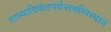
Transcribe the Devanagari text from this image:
नाभ्यादिकंठपर्यन्तमग्निस्थानं